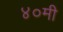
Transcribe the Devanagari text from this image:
४०मी